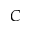
C